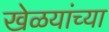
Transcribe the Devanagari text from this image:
खेळयांच्या